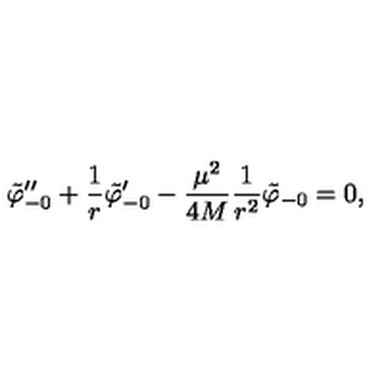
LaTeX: { \tilde { \varphi } _ { - 0 } } ^ { \prime \prime } + { \frac { 1 } { r } } { \tilde { \varphi } _ { - 0 } } ^ { \prime } - { \frac { \mu ^ { 2 } } { 4 M } } { \frac { 1 } { r ^ { 2 } } } { \tilde { \varphi } _ { - 0 } } = 0 ,